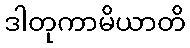
ဒါတုကာမိယာတိ